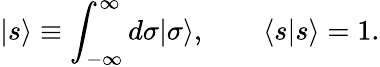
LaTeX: |s\rangle\equiv\int_{-\infty}^{\infty}d\sigma|\sigma\rangle,\qquad\langle s|s\rangle=1.